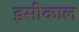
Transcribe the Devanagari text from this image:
इसीकाल